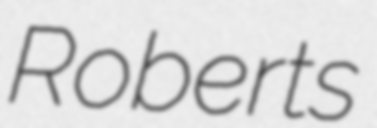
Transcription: Roberts